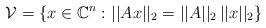
LaTeX: \begin{align*}\mathcal{V} = \lbrace x \in \mathbb{C}^n \, \colon ||Ax||_2 = ||A||_2 \, ||x||_2 \rbrace\end{align*}